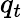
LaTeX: q_{t}